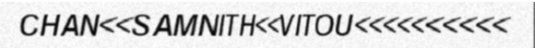
CHAN<<SAMNITH<<VITOU<<<<<<<<<<